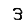
Digit: 3